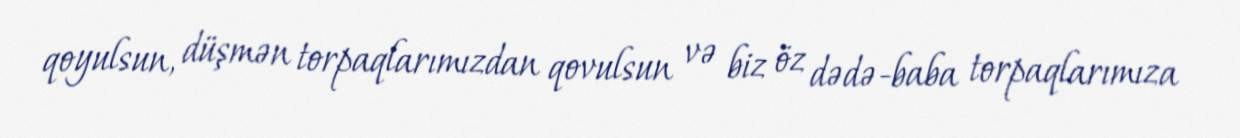
qoyulsun, düşmən torpaqlarımızdan qovulsun və biz öz dədə-baba torpaqlarımıza